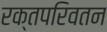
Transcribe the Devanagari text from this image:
रक्तपरिवतन